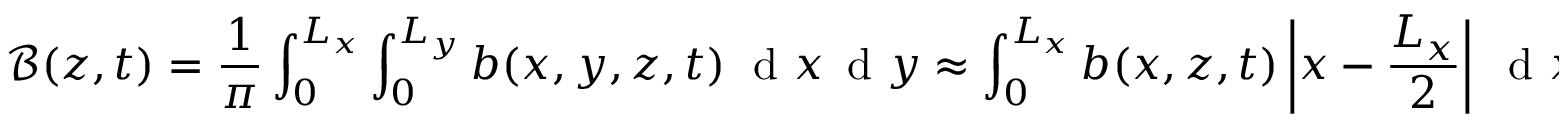
\mathcal { B } ( z , t ) = \frac { 1 } { \pi } \int _ { 0 } ^ { L _ { x } } \int _ { 0 } ^ { L _ { y } } b ( x , y , z , t ) \; \textnormal { d } x \, \textnormal { d } y \approx \int _ { 0 } ^ { L _ { x } } b ( x , z , t ) \left| x - \frac { L _ { x } } { 2 } \right| \; \textnormal { d } x ,